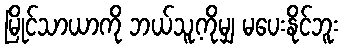
မြိုင်သာယာကို ဘယ်သူ့ကိုမျှ မပေးနိုင်ဘူး